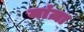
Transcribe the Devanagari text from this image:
मांज़ा